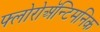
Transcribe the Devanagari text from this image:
फ्लोरोअॅन्टिमनिक